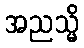
အညသ္မိ